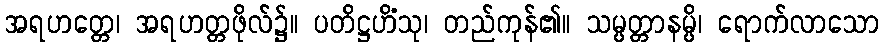
အရဟတ္တေ၊ အရဟတ္တဖိုလ်၌။ ပတိဋ္ဌဟိံသု၊ တည်ကုန်၏။ သမ္ပတ္တာနမ္ပိ၊ ရောက်လာသော